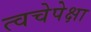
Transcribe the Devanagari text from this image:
त्वचेपेक्षा